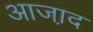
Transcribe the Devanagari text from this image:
आजा़द